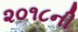
૨૦૧૮ની